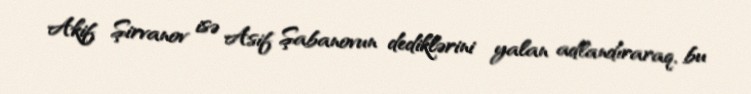
Akif Şirvanov isə Asif Şabanovun dediklərini yalan adlandıraraq, bu